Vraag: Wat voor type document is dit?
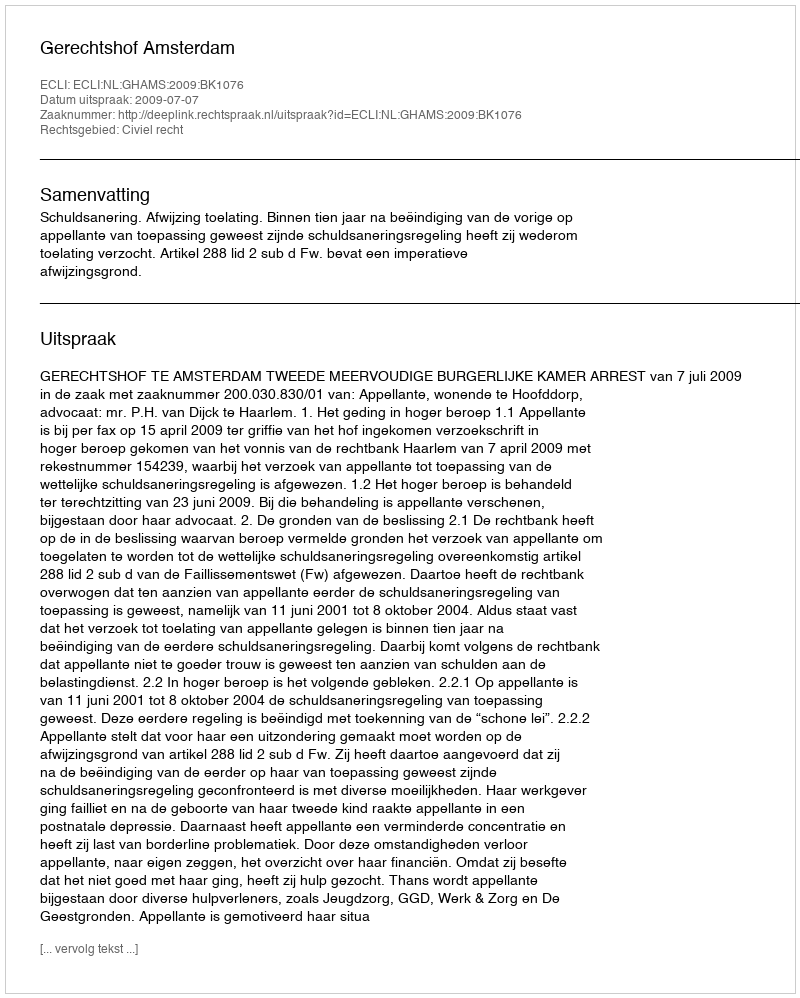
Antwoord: Uitspraak